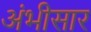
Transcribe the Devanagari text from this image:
अंभीसार